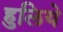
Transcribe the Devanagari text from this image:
हुलिये